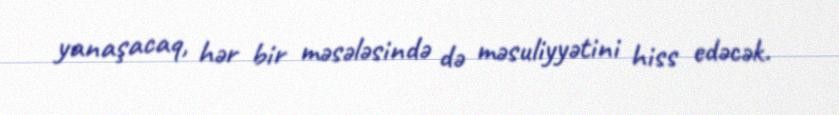
yanaşacaq, hər bir məsələsində də məsuliyyətini hiss edəcək.